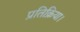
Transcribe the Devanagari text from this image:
प्रतिक्रिया।